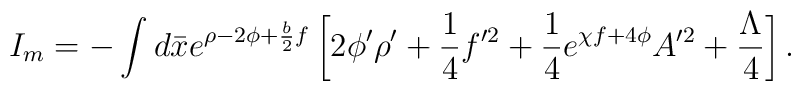
I_m = - \int d \bar{x} e^{\rho - 2 \phi + \frac{b}{2} f}\left[ 2 \phi^{\prime} \rho^{\prime} + \frac{1}{4} f^{\prime 2}+ \frac{1}{4} e^{\chi f  + 4 \phi} A^{\prime 2} + \frac{\Lambda}{4} \right] .